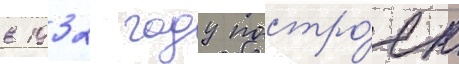
в 1932 году постро́ен